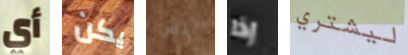
أي يكن ليس إذا ليشتري